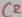
Text: C2